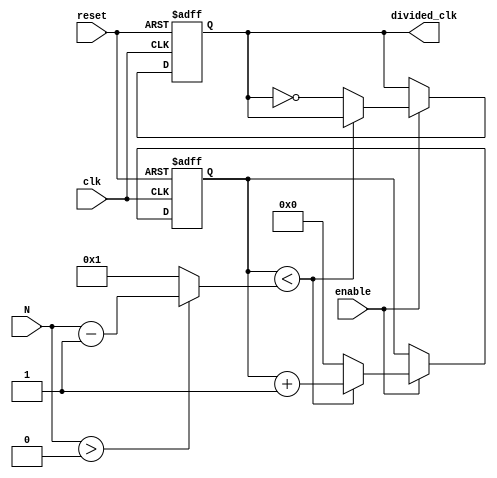
module frequency_divider (
    input wire clk,               // Input clock signal
    input wire reset,             // Asynchronous reset signal
    input wire enable,            // Optional enable signal (default is high for counting)
    input wire [7:0] N,           // Division factor (8-bit width, can be adjusted as needed)
    output reg divided_clk = 0    // Divided clock output signal
);

    reg [7:0] counter;            // 8-bit counter (adjust width based on N)
    reg [7:0] count_limit;        // Counter limit based on division factor

    always @(posedge clk or posedge reset) begin
        if (reset) begin
            counter <= 0;          // Reset counter to 0
            divided_clk <= 0;      // Reset divided clock to 0
        end else if (enable) begin
            if (counter < count_limit) begin
                counter <= counter + 1;  // Increment counter
            end else begin
                counter <= 0;          // Reset counter
                divided_clk <= ~divided_clk;  // Toggle the divided clock
            end
        end
    end

    always @(*) begin
        // Set the count limit based on the division factor N
        // This sample assumes N is always >= 1 to avoid division by zero
        if (N > 0) begin
            count_limit = N - 1;
        end else begin
            count_limit = 1;         // Default to a count of 1 if N is not valid
        end
    end

endmodule